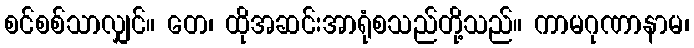
စင်စစ်သာလျှင်။ တေ၊ ထိုအဆင်းအာရုံစသည်တို့သည်။ ကာမဂုဏာနာမ၊